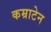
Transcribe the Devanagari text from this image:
कम्राटेन